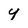
Character: y